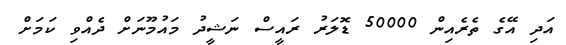
އަދި އޭގެ ތެރެއިން 50000 ޑޮލަރު ރައީސް ނަޝީދު މައުމޫނަށް ދެއްވި ކަމަށް